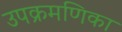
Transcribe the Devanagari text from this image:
उपक्रमणिका